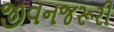
જીવનજરૂરી